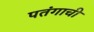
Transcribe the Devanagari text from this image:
पतंगाची